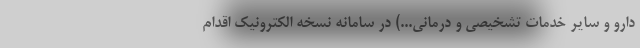
دارو و سایر خدمات تشخیصی و درمانی...) در سامانه نسخه الکترونیک اقدام